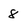
Character: 8